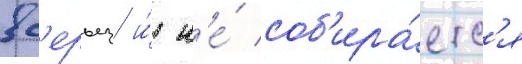
вс'ерьез и́ н'е́ соб'ира́етс'я